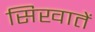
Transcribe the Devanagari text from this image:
सिखातें